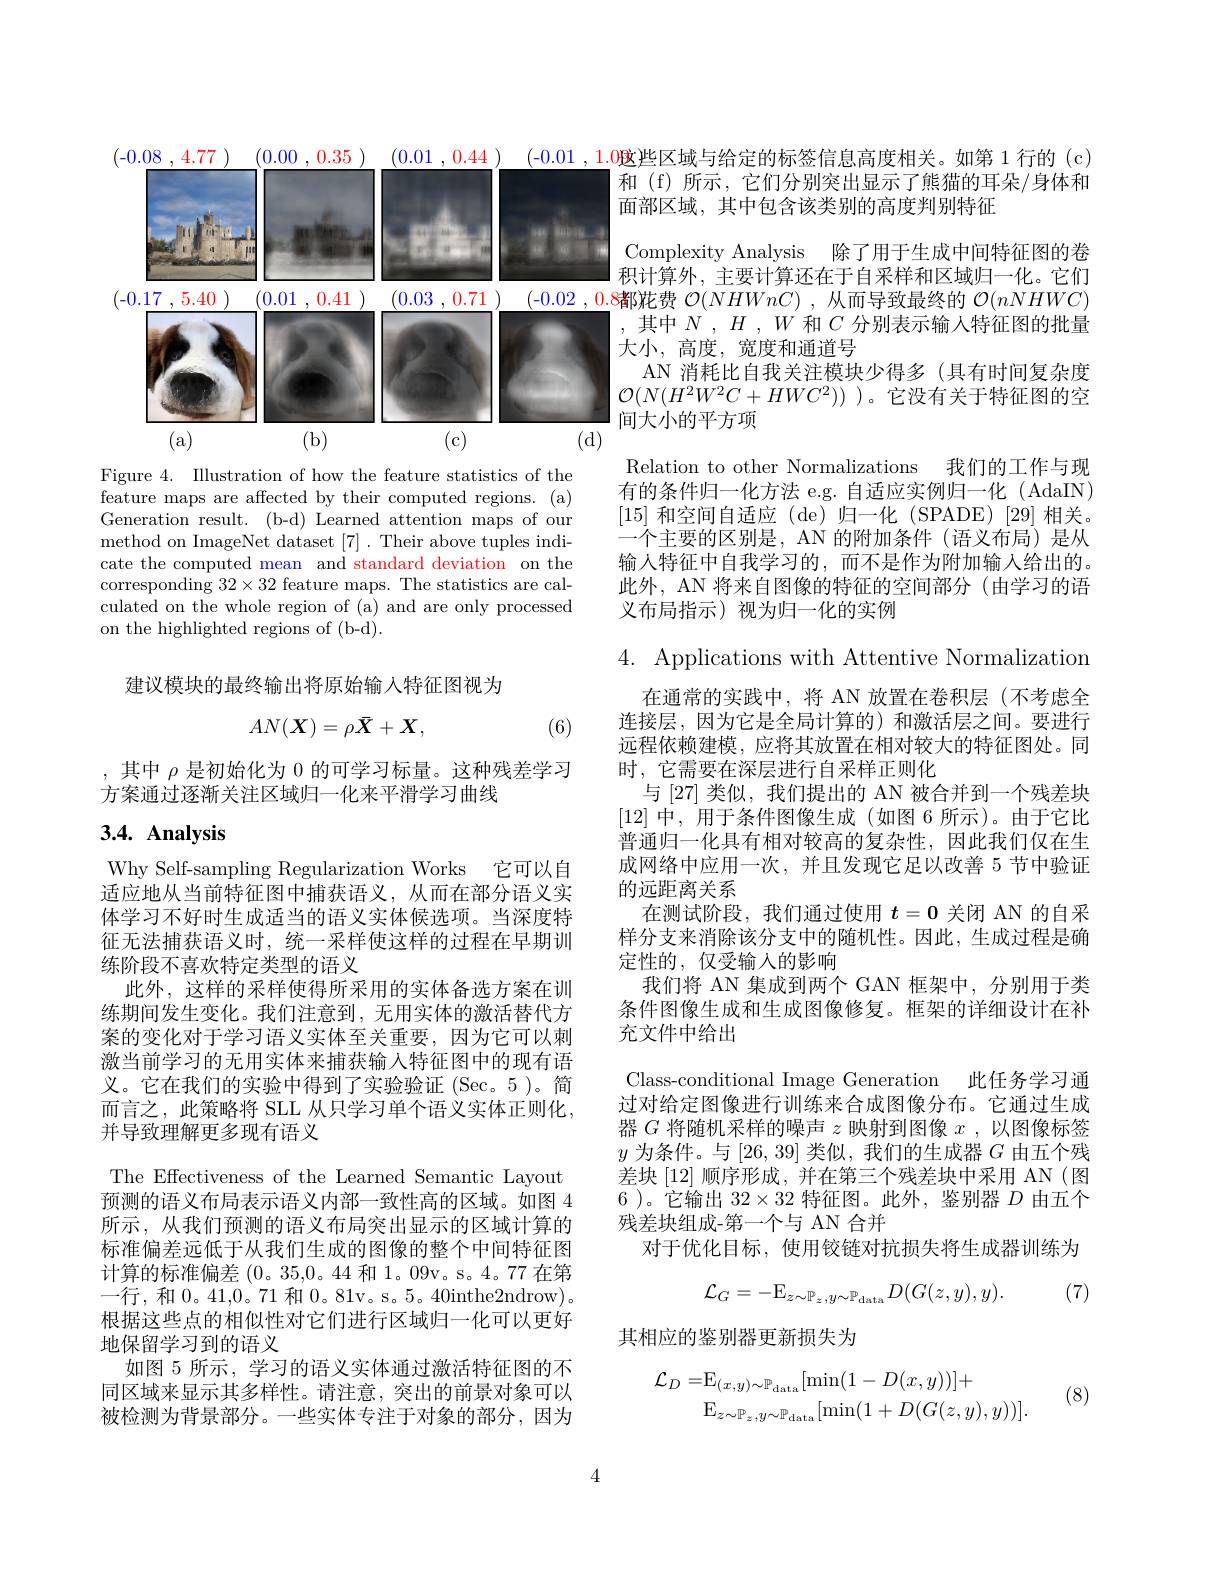
(-0.01,1.0魃些区域与给定的标签信息高度相关。如第 1 行的 (c) (-0.02,0.8都花费 $\mathcal{O}(NHWnC)$ ,从而导致最终的 $\mathcal{O}(nNHWC)$
<FigureHere>

Figure 4. Illustration of how the feature statistics of the feature maps are affected by their computed regions. (a) Generation result.(b-d) Learned attention maps of our method on ImageNet dataset [7]. Their above tuples indicate the computed mean and standard deviation on the corresponding $32\times32$ feature maps. The statistics are calculated on the whole region of (a) and are only processed on the highlighted regions of (b-d).

建议模块的最终输出将原始输入特征图视为
$$AN(\boldsymbol{X})=\rho\bar{\boldsymbol{X}}+\boldsymbol{X},$$
(6)

,其中$\rho$是初始化为 0 的可学习标量。这种残差学习
方案通过逐渐关注区域归一化来平滑学习曲线

## $3. 4. \textbf{ Analysis}$

Why Self-sampling Regularization Works 它可以自适应地从当前特征图中捕获语义，从而在部分语义实体学习不好时生成适当的语义实体候选项。当深度特征无法捕获语义时，统一采样使这样的过程在早期训练阶段不喜欢特定类型的语义
此外，这样的采样使得所采用的实体备选方案在训练期间发生变化。我们注意到，无用实体的激活替代方案的变化对于学习语义实体至关重要，因为它可以刺激当前学习的无用实体来捕获输入特征图中的现有语义。它在我们的实验中得到了实验验证(Sec。5)。简而言之，此策略将 SLL 从只学习单个语义实体正则化， 并导致理解更多现有语义
The Effectiveness of the Learned Semantic Layout 预测的语义布局表示语义内部一致性高的区域。如图 4所示，从我们预测的语义布局突出显示的区域计算的标准偏差远低于从我们生成的图像的整个中间特征图计算的标准偏差(0。35,0。44 和 1。09v。s。4。77 在第一行，和0。41,0。71 和0。81v。s。5。40inthe2ndrow)。根据这些点的相似性对它们进行区域归一化可以更好地保留学习到的语义
如图 5 所示 , 学习的语义实体通过激活特征图的不同区域来显示其多样性。请注意，突出的前景对象可以被检测为背景部分。一些实体专注于对象的部分，因为

4

和 (f) 所示，它们分别突出显示了熊猫的耳朵/身体和
面部区域，其中包含该类别的高度判别特征
Complexity Analysis 除了用于生成中间特征图的卷|积计算外，主要计算还在于自采样和区域归一化。它们,其中$N,H,W$和$C$分别表示输入特征图的批量大小，高度，宽度和通道号
AN 消耗比自我关注模块少得多(具有时间复杂度$\mathcal{O}(N(H^2W^2C+HWC^2))$ )。它没有关于特征图的空间大小的平方项
Relation to other Normalizations 我们的工作与现有的条件归一化方法 e.g. 自适应实例归一化 (AdaIN) [15]和空间自适应 (de)归一化 (SPADE)[29]相关。一个主要的区别是，AN 的附加条件(语义布局)是从输入特征中自我学习的，而不是作为附加输入给出的。此外，AN 将来自图像的特征的空间部分(由学习的语义布局指示)视为归一化的实例

4. Applications with Attentive Normalization
在通常的实践中，将 AN 放置在卷积层 (不考虑全连接层，因为它是全局计算的) 和激活层之间。要进行远程依赖建模，应将其放置在相对较大的特征图处。同时，它需要在深层进行自采样正则化
与 [27] 类似，我们提出的 AN 被合并到一个残差块[12]中，用于条件图像生成 (如图 6 所示)。由于它比普通归一化具有相对较高的复杂性，因此我们仅在生成网络中应用一次，并且发现它足以改善 5 节中验证的远距离关系
在测试阶段，我们通过使用$t=0$关闭 AN 的自采样分支来消除该分支中的随机性。因此，生成过程是确定性的，仅受输入的影响
我们将 AN 集成到两个 GAN 框架中，分别用于类条件图像生成和生成图像修复。框架的详细设计在补充文件中给出
Class-conditional Image Generation 此任务学习通过对给定图像进行训练来合成图像分布。它通过生成器$G$将随机采样的噪声$z$映射到图像$x$,以图像标签$y$为条件。与 [26, 39] 类似，我们的生成器$G$由五个残差块[12]顺序形成，并在第三个残差块中采用 AN (图6 )。它输出$32\times32$特征图。此外，鉴别器$D$由五个残差块组成-第一个与 AN 合并
对于优化目标，使用铰链对抗损失将生成器训练为
$$\mathcal{L}_{G}=-\mathrm{E}_{z\sim\mathbb{P}_{z},y\sim\mathbb{P}_{\mathrm{data}}}D(G(z,y),y).$$
(7)

其相应的鉴别器更新损失为
$$\begin{aligned}\mathcal{L}_{D}=&\mathrm{E}_{(x,y)\sim\mathbb{P}_{\mathrm{data}}}[\min(1-D(x,y))]+\\&\mathrm{E}_{z\sim\mathbb{P}_{z}\:,y\sim\mathbb{P}_{\mathrm{data}}}[\min(1+D(G(z,y),y))].\end{aligned}$$
(8)